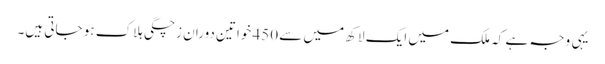
یہی وجہ ہے کہ ملک میں ایک لاکھ میں سے 450 خواتین دوران زچگی ہلاک ہو جاتی ہیں۔